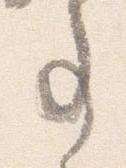
事